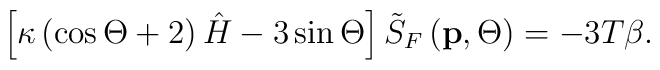
\left[ \kappa \left( \cos \Theta +2\right) \hat{H}-3\sin \Theta \right] \tilde{S}_F\left( \mathbf{p},\Theta \right) =-3T\beta .